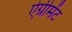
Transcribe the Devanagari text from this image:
ऐग्रीमेंट